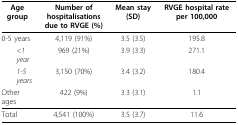
<table><thead><tr><td><b>Age group</b></td><td><b>Number of hospitalisations due to RVGE (%)</b></td><td><b>Mean stay (SD)</b></td><td><b>RVGE hospital rate per 100,000</b></td></tr></thead><tbody><tr><td>0-5 years</td><td>4,119 (91%)</td><td>3.5 (3.5)</td><td>195.8</td></tr><tr><td> <i>&lt; 1 year</i></td><td>969 (21%)</td><td>3.9 (3.3)</td><td>271.1</td></tr><tr><td> <i>1-5 years</i></td><td>3,150 (70%)</td><td>3.4 (3.2)</td><td>180.4</td></tr><tr><td>Other ages</td><td>422 (9%)</td><td>3.3 (3.1)</td><td>1.1</td></tr><tr><td>Total</td><td>4,541 (100%)</td><td>3.5 (3.7)</td><td>11.6</td></tr></tbody></table>